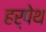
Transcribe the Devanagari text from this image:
हर्पेथ